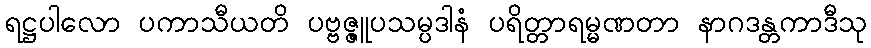
ရဋ္ဌပါလော ပကာသီယတိ ပဗ္ဗဇ္ဇူပသမ္ပဒါနံ ပရိတ္တာရမ္မဏတာ နာဂဒန္တကာဒီသု